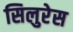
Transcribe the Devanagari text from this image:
सिलुरेस